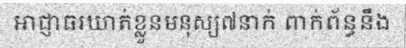
អាជ្ញាធរឃាត់ខ្លួនមនុស្ស៧នាក់ ពាក់ព័ន្ធនឹង